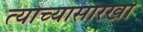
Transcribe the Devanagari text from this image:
त्याच्यासारखा